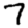
Digit: 7